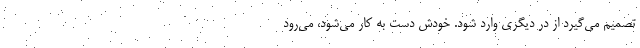
تصمیم می‌گیرد از در دیگری وارد شود. خودش دست به کار می‌شود، می‌رود